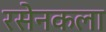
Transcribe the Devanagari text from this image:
रसेनकला